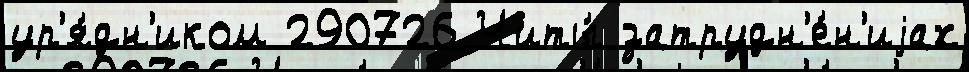
ур'я́дн'иком 290726 Читы́ затрудн'е́н'иjах